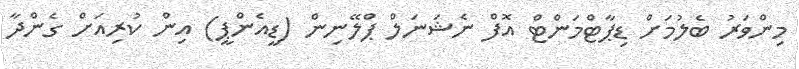
މިންވަރު ބެލުމަށް ޑިޕާޓްމަންޓް އޮފް ނެޝަނަލް ޕްލޭނިން (ޑީއެންޕީ) އިން ކުރިއަށް ގެންދާ